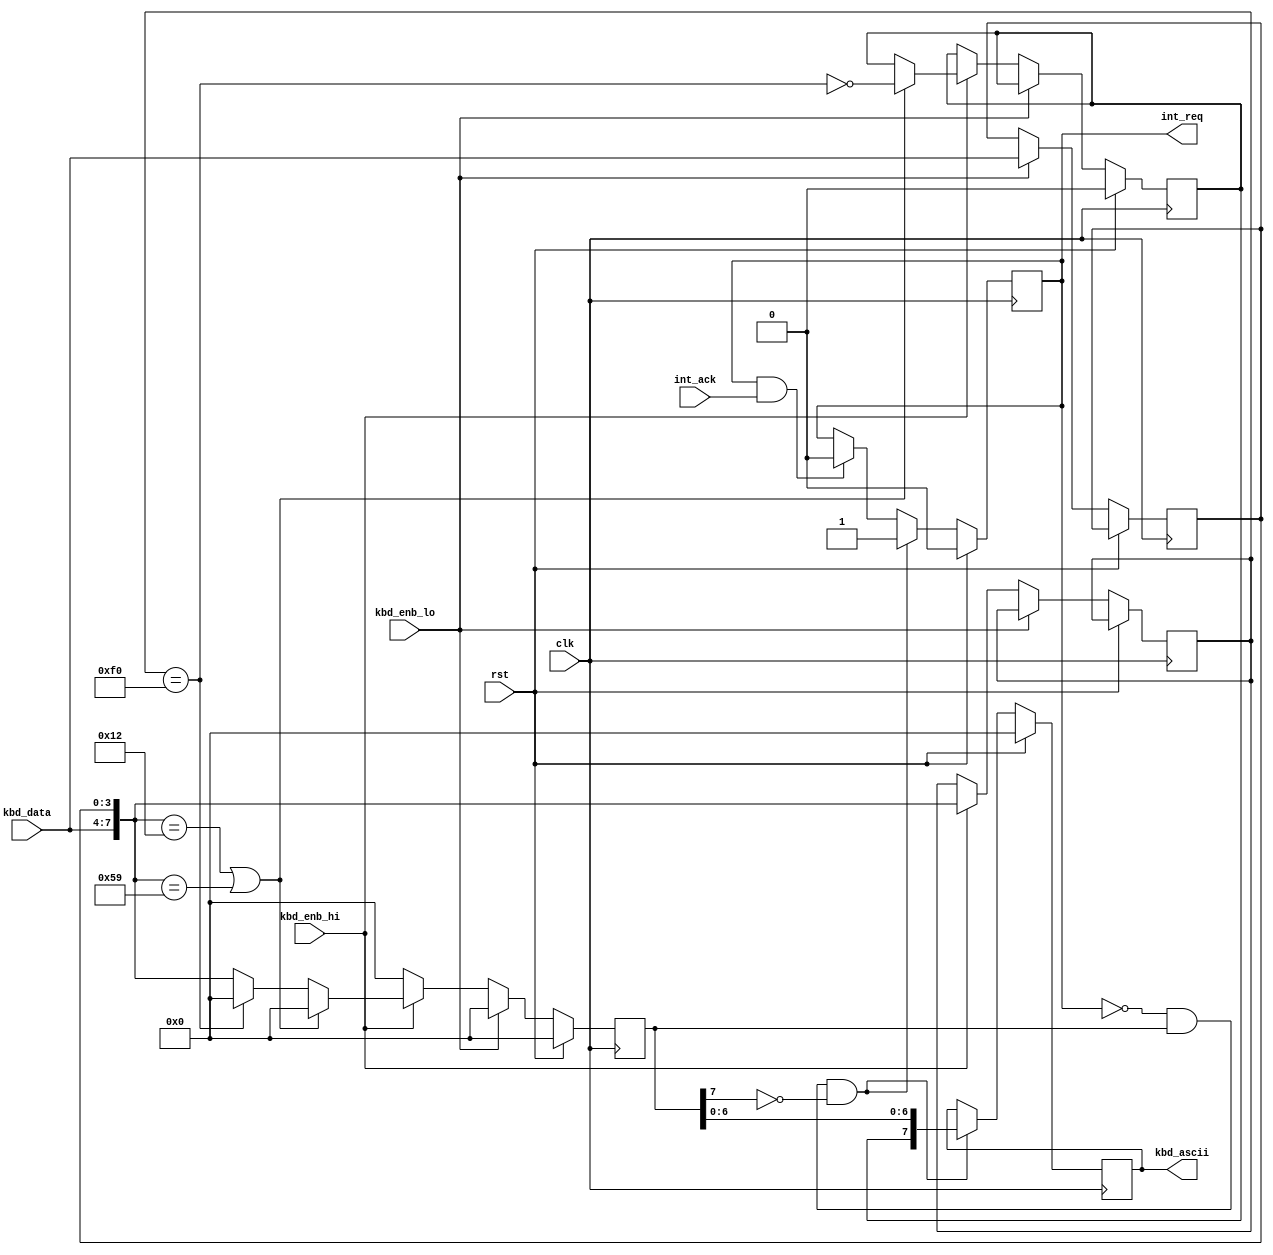
/*
 * $File: ps2_drv.v
 * $Date: Fri Dec 20 17:47:32 2013 +0800
 * $Author: jiakai <jia.kai66@gmail.com>
 */


module ps2_drv(
	input clk,
	input rst,

	input int_ack,
	output reg int_req,
	output reg [7:0] kbd_ascii,

	input kbd_enb_hi,
	input kbd_enb_lo,
	input [3:0] kbd_data);



	reg [3:0] recv_data_lo;
	wire [7:0] recv_data = {kbd_data, recv_data_lo};
	reg [7:0] cur_pressed, recv_data_prev;
	reg shift_pressed;

	assign is_shift = (recv_data == 8'h12 || recv_data == 8'h59),
		is_break = (recv_data_prev == 8'hF0);

	// maintain int
	always @(posedge clk) begin
		if (int_req && int_ack)
			int_req <= 0;
		if (rst) begin
			kbd_ascii <= 0;
			int_req <= 0;
		end else if (!int_req && cur_pressed && !cur_pressed[7]) begin
			int_req <= 1'b1;
			kbd_ascii <= {shift_pressed, cur_pressed[6:0]};
		end
	end


	// maintain cur_pressed
	always @(posedge clk) begin
		cur_pressed <= 0;
		if (rst) 
			shift_pressed <= 0;
		else begin
			if (kbd_enb_lo)
				recv_data_lo <= kbd_data;
			else if (kbd_enb_hi) begin
				recv_data_prev <= recv_data;
				if (is_shift)
					shift_pressed <= !is_break;
				else if (!is_break)
					cur_pressed <= recv_data;
			end
		end
	end
	/*
	* due to unknow reason, do not handle continuous press
	always @(posedge clk) begin
		if (rst)
			shift_pressed <= 0;
		else begin
			if (kbd_enb_lo)
				recv_data_lo <= kbd_data;
			else if (kbd_enb_hi) begin
				recv_data_prev <= recv_data;
				if (is_shift)
					shift_pressed <= !is_break;
				else if (is_break) begin
					if (recv_data == cur_pressed)
						cur_pressed <= 0;
				end else
					cur_pressed <= recv_data;
			end
		end
	end
	*/

endmodule